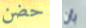
حضن بأن